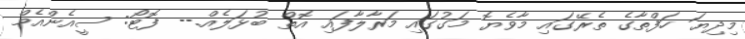
މިދިޔަ ހަފްތާގެ ތެރޭގައި މާވެޔޮ މަގުގައި މަރާލާފައި އޮތް ބުޅަލެއް.-- ފޮޓޯ: ސީއެންއެމް